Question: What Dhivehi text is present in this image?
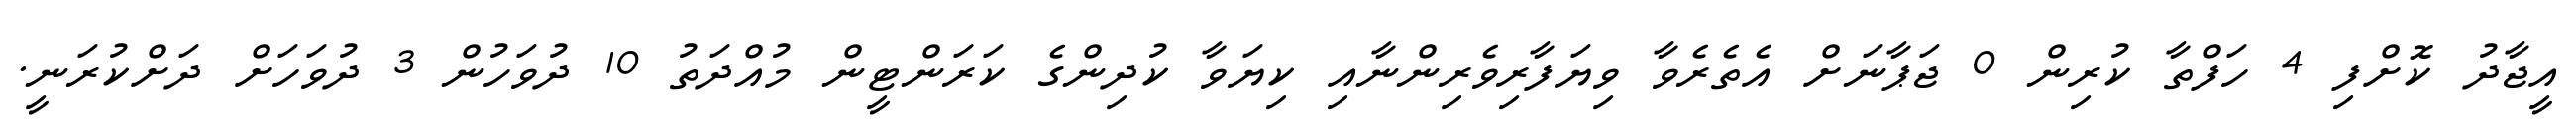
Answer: އީޖާދު ކޮށްފި 4 ހަފްތާ ކުރިން 0 ޖަޕާނަށް އެތެރެވާ ވިޔަފާރިވެރިންނާއި ކިޔަވާ ކުދިންގެ ކަރަންޓީން މުއްދަތު 10 ދުވަހުން 3 ދުވަހަށް ދަށްކުރަނީ.